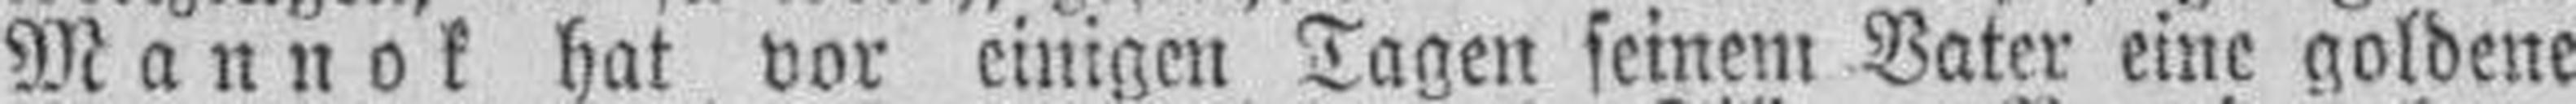
Mannok hat vor einigen Tagen seinem Vater eine goldene